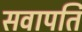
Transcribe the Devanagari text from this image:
सवापति